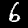
Label: 6